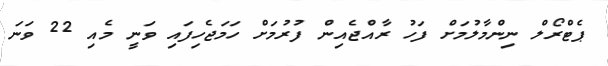
ޕެޓްރޯލް ނިންމާލުމަށް ފަހު ރާއްޖެއިން ފުރުމަށް ހަމަޖެހިފައި ވަނީ މެއި 22 ވަނަ